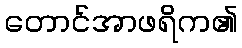
တောင်အာဖရိက၏